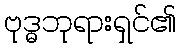
ဗုဒ္ဓဘုရားရှင်၏